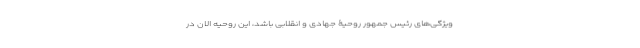
ویژگی‌های رئیس جمهور روحیۀ جهادی و انقلابی باشد، این روحیه الان در